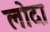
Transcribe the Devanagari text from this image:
लोदा